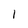
Character: I